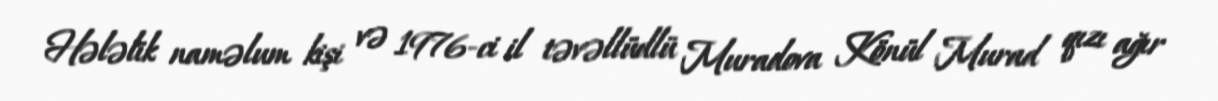
Hələlik naməlum kişi və 1976-ci il təvəllüdlü Muradova Könül Murad qızı ağır